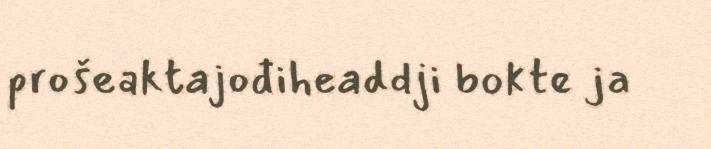
prošeaktajođiheaddji bokte ja